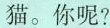
猫。你呢?